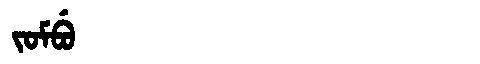
Manchu: ᠵᠣᠮᠪᡠ
Romanization: JOMBU